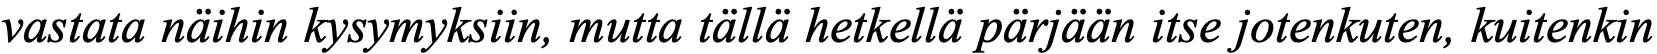
vastata näihin kysymyksiin, mutta tällä hetkellä pärjään itse jotenkuten, kuitenkin